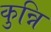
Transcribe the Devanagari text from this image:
कुन्नि